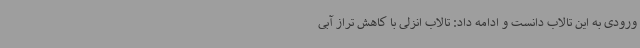
ورودی به این تالاب دانست و ادامه داد: تالاب انزلی با کاهش تراز آبی